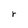
Character: r